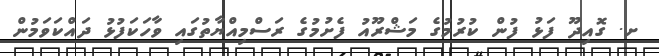
ށ. ގޮއިދޫ ފަޅު ފުން ކުރުމުގެ މަޝްރޫއު ފެށުމުގެ ރަސްމިއްޔާތުގައި ވާހަކަފުޅު ދައްކަވަމުން